Vaccination in Bombay 1869-1873 - 1869-1873
Year: 1869
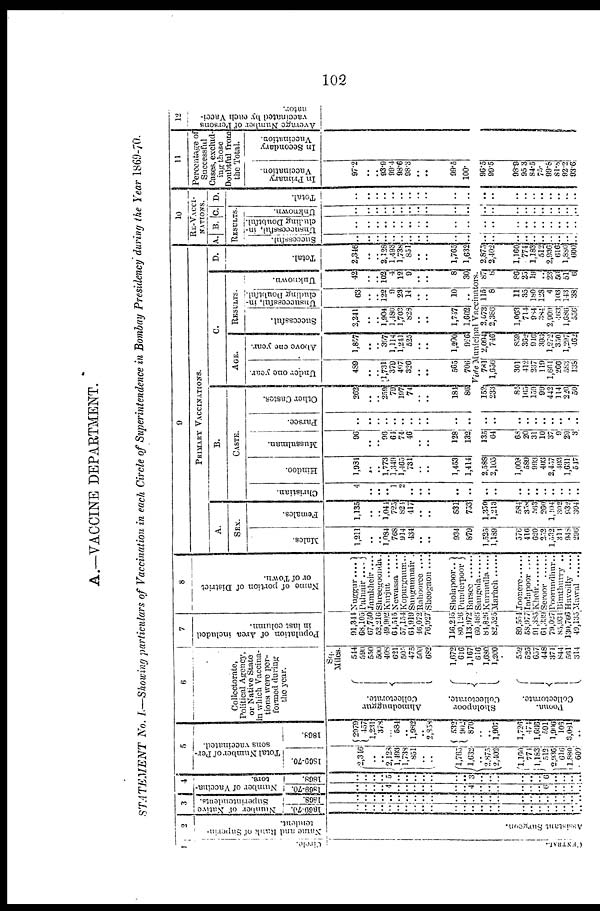
102
A.—VACCINE DEPARTMENT.
STATEMENT No. I.—Showing particulars of Vaccination in each Circle of Superintendence in Bombay Presidency during the Year 1869-70.
1
Circle.
CENTRAL.
2
Name and Rank of Superin¬
tendent.
Assistant Surgeon.
3
Number of Native
Superintendents.
1869-70.
..
..
..
..
..
..
..
..
..
..
..
..
..
..
..
..
..
..
..
..
..
..
..
..
1868.
..
..
..
..
..
..
..
..
..
..
..
..
..
..
..
..
..
..
..
..
..
..
..
..
4
Number of Vaccina-
tors.
1869-70.
..
..
..
.. 4
..
..
..
..
..
..
.. 4
..
..
..
..
..
.. 6
..
..
..
..
1868.
..
..
..
.. 5
..
..
..
..
..
..
.. 3
..
..
..
..
..
.. 6
..
..
..
..
5
Total Number of Per-
sons vaccinated.
1869-70.
2,346
..
..
2,128
1,493
1,738
851
..
..
1,765
1,632
..
2,875
2,402
1,160
774
1,183
512
2,936
616
1,880
600
1868.
2979
457
1,231
378
... 584
.. 1,982
.. 2,858
532
902
870
..
..
1,907
1,726
474
1,666
591
1,906
106
3,081
..
6
Collectorate,
Political Agency,
or Native State
in which Vaccina-
tions were per-
----ed during
the year.
Ahmednaggur
Collectorate.
Sholapoor
Collectorate.
Poona.
Collectorate.
Sq.
Miles.
544
590
550
500
408
621
505
475
500
682
1,672
616
1,167
616
1,680
1,200
552
525
657
448
371
844
561
314
7
Population of Area included
in last column.
91,344
68,105
67,750
52,216
49,902
64,515
57,154
64,919
46,072
76,927
146,245
80,126
113,972
60,486
84,826
82,525
89, 554
58,977
91,385
61,339
79,027
85,931
130,766
49,135
8
Name of portion of District
or of Town.
Nuggur....
Palnair ....
Jamkheir ....
Shreegoonda.
Kurjut
Newassa ....
Kopurgaum..
Sungumnair .
Rahooree ....
Sheogaon ....
Sholapoor..
Punderpoor
Barsee
Sangola ......
Kurmulla....
Marhch
Joonere
Indapoor ....
Kheir
Seroor
Poorundhur..
Bimthurry ..
Haveilly....
Mawal
9
PRIMARY VACCINATIONS.
A.
SEX.
Males.
1,211
..
.. 1,084
768
914
434
..
..
934
879
1,525
1,189
576
416
620
253
1,532
314
948
296
Females.
1,135
..
.. 1,044
725
824
417
..
..
831
753
1,350
1,213
584
358
563
260
1,404
302
932
304
B.
CASTE.
Christian.
4
..
..
.. 1
2
..
..
..
..
..
..
..
..
..
..
..
..
..
..
..
Hindoo.
1,981
..
..
1,773
1,349
1,465
731
..
..
1,453
1,414
2,588
2,105
1,008
589
993
403
2,457
493
1,631
547
Mussulman.
96
..
.. 96
64
74
46
..
..
128
132
135
64
68
20
31
10
37
9
29
3
Parsee.
..
..
..
..
..
..
..
..
..
..
..
..
..
..
..
..
..
..
..
..
..
Other Castes.
262
..
.. 259
79
197
74
..
..
184
86
152
233
84
165
159
99
442
114
220
50
C.
AGE.
Under one year.
489
..
.. 1,731
379
497
326
..
..
565
706
Above one year.
1,857
..
.. 397
1,114
1,241
525
..
..
1,200
926
RESULTS.
Successful.
2,241
..
.. 1,904
1,480
1,703
828
.. ..
1,747
1,602
Unsuccessful, in-
cluding Doubtful.
63
..
.. 122
9
23
14
..
..
10
..
Unknown.
42
..
..
102
4
12
9
..
..
8
30
Vide Municipal Vaccinators.
781
1,656
301
412
237
119
1,664
266
583
138
2,094
746
859
362
946
393
1,272
350
1,297
462
2,673
2,386
1,063
714
984
384
2,909
463
1,686
556
115
8
11
35
180
128
4
103
143
38
87
8
86
25
19
.. 23
50
511
6
D.
Tot al .
2,346
..
.. 2,128
1,493
1,738 851
..
..
1,765
1,632
2,875
2,402
1,160
774
1,183
512
2,936
616
1,880
600
10
RE-VACCI-
-------.
A. B. C.
RESULTS.
Successful.
..
..
..
..
..
..
..
..
..
..
..
..
..
..
..
..
..
..
..
.. ..
Unsuccessful, in-
cluding Doubtful.
..
..
..
..
..
..
..
..
..
..
..
..
..
..
..
..
..
..
..
..
..
Unknown.
..
..
..
..
..
..
..
..
..
..
..
..
..
..
..
..
..
..
..
..
..
D.
Total.
..
..
..
..
..
..
..
..
..
..
..
..
..
..
..
..
..
..
..
..
..
11
Percentage of
Successful
Cases, exclud-
ing those
Doubtful from
the Total.
In Primary
Vaccination.
97.2
..
.. 93.9
99.4
98.6
98.3
..
..
99.5
100.
96.5
99.5
98.9
95.3
84.5
75.
99.8
81.8
92.2
93.6
In Secondary
Vaccination.
12
Average Number of Persons
vaccinated by each Vacci-
nator.